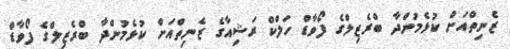
ޒެނިތްއަށް ކުޅެމުންދާ ބްރެޒިލްގެ ފޯވާޑް ހަލްކް ރަޝިއާގެ ޒެނިތްއަށް ކުޅެމުންދާ ބްރެޒިލްގެ ފޯވާޑް